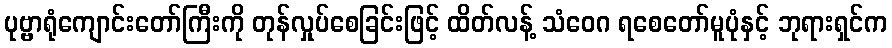
ပုဗ္ဗာရုံကျောင်းတော်ကြီးကို တုန်လှုပ်စေခြင်းဖြင့် ထိတ်လန့် သံဝေဂ ရစေတော်မူပုံနှင့် ဘုရားရှင်က